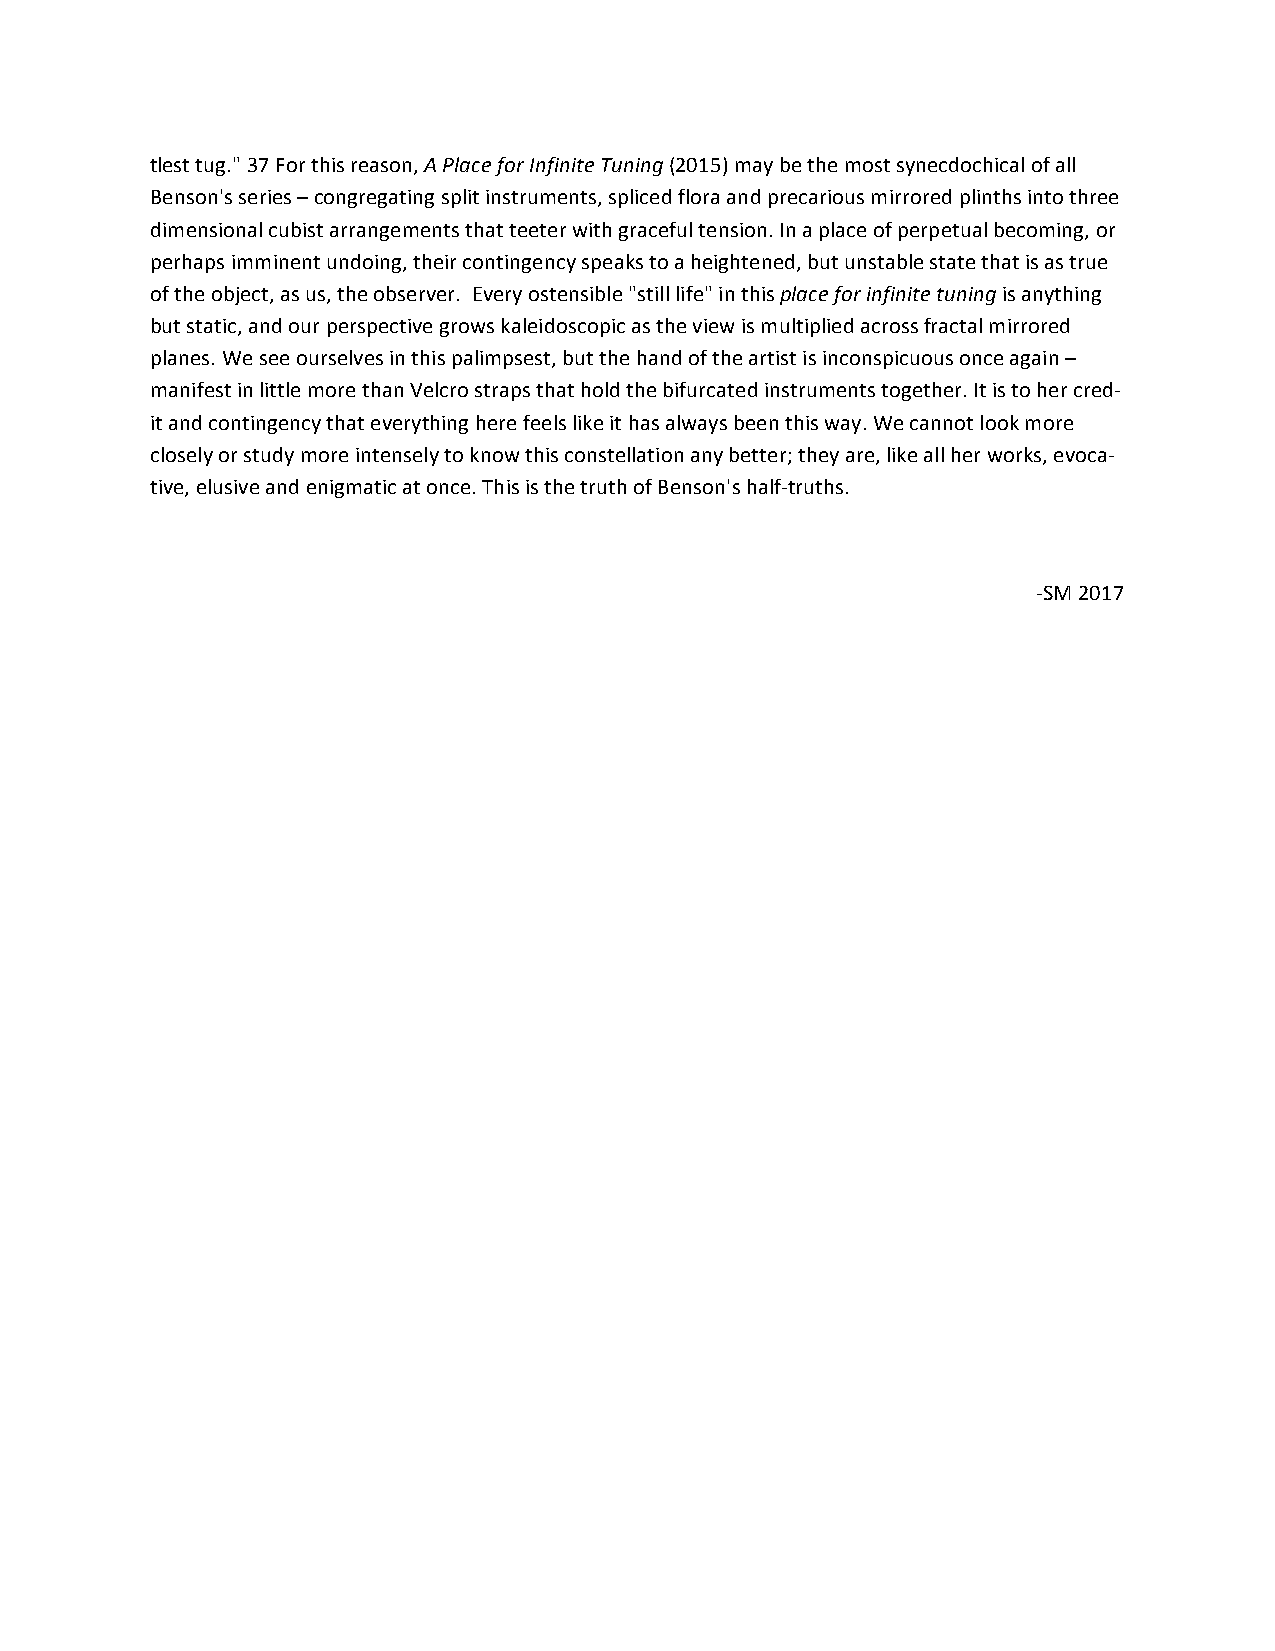
tlest tug." 37 For this reason, A Place for Infinite Tuning (2015) may be the most synecdochical of all
 Benson's series – congregating split instruments, spliced flora and precarious mirrored plinths into three
 dimensional cubist arrangements that teeter with graceful tension. In a place of perpetual becoming, or
 perhaps imminent undoing, their contingency speaks to a heightened, but unstable state that is as true
 of the object, as us, the observer. Every ostensible "still life" in this place for infinite tuning is anything
 but static, and our perspective grows kaleidoscopic as the view is multiplied across fractal mirrored
 planes. We see ourselves in this palimpsest, but the hand of the artist is inconspicuous once again –
 manifest in little more than Velcro straps that hold the bifurcated instruments together. It is to her cred-­‐
 it and contingency that everything here feels like it has always been this way. We cannot look more
 closely or study more intensely to know this constellation any better; they are, like all her works, evoca-­‐
 tive, elusive and enigmatic at once. This is the truth of Benson's half-­‐truths.
 -­‐SM 2017